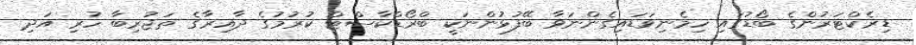
ޑިރެކްޓަރުންގެ ބޯޑުގައި ހިމެނިވަޑައިގެންނަވާ ބޭފުޅުންނަކީ ބްރޯޑްކާސްޓް ކުރުމުގެ ދާއިރާގެ ތަޖުރިބާ ހުރި އަދި